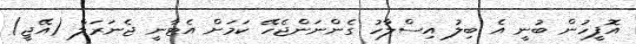
އޮފީހުން ބުނީ އެ ބިލު އިސްލާހު ގެންނަންޖެހޭ ކަމަށް އެޓާނީ ޖެނަރަލް (އޭޖީ)